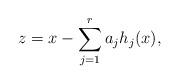
LaTeX: \begin{align*} z = x - \sum_{j=1}^r a_j h_j(x), \end{align*}